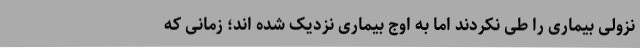
نزولی بیماری را طی نکردند اما به اوج بیماری نزدیک شده اند؛ زمانی که